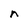
Character: n